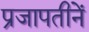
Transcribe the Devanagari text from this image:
प्रजापतीनें